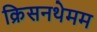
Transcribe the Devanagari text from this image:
क्रिसनथेमम